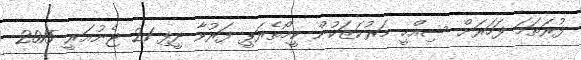
ފުރަތަމަ ފަހަރަށް ސިއްހީ މަރުކަޒަކުން ކީމޯތެރަޕީ ފަރުވާ ދީފި 21 ޖެނުއަރީ 2015